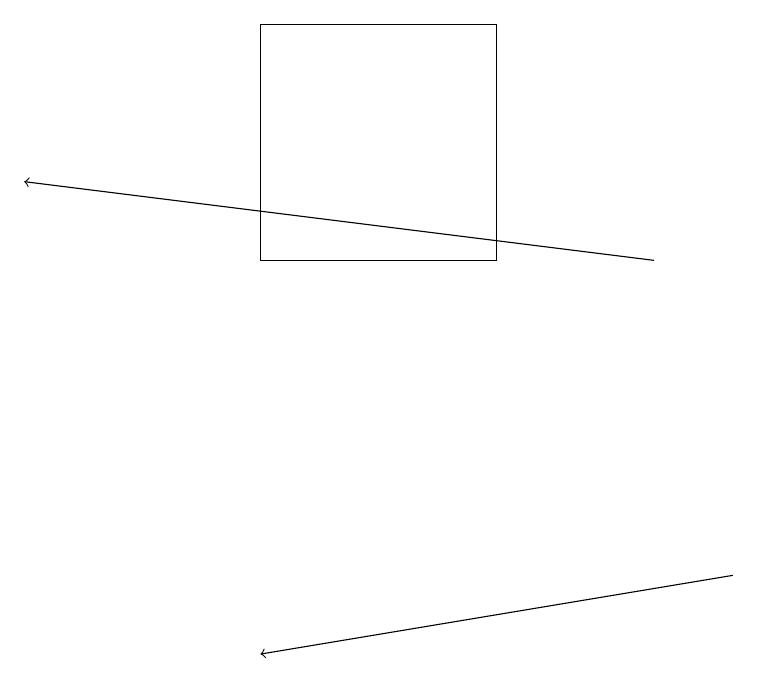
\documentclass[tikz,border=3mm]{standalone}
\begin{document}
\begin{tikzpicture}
\draw (3,15) rectangle (6,18);
\draw[->] (9,11) -- (3,10);
\draw[->] (8,15) -- (0,16);
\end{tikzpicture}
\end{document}